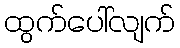
ထွက်ပေါ်လျက်